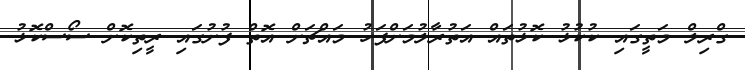
ގްރިލް މަތީގައި ކުކުޅު ކޮޅުތައް އަތުރާލުމަށްފަހު މައްޗަށް އޮތް ފުށުގައި ރީތިކޮށް ސޯސްކޮޅު